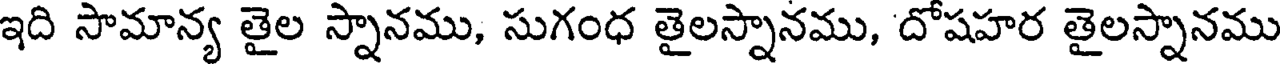
ఇది సామాన్య తైల స్నానము, సుగంధ తైలస్నానము, దోషహర తైలస్నానము